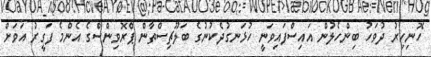
ހޮނިހިރު ދުވަހު ބިންހެލުން އައިސްފައިވަނީ ހުޅަނގުދެކުނުގެ ބަލޫޗިސްތާން ޕްރޮވިންސްގެ އެންމެ ފަގީރު އަވަށް